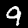
Digit: 9